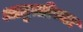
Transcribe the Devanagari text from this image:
आव्रुत्तीच्या